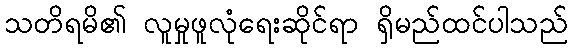
သတိရမိ၏ လူမှုဖူလုံရေးဆိုင်ရာ ရှိမည်ထင်ပါသည်